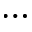
\dots